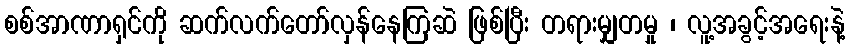
စစ်အာဏာရှင်ကို ဆက်လက်တော်လှန်နေကြဆဲ ဖြစ်ပြီး တရားမျှတမှု ၊ လူ့အခွင့်အရေးနဲ့